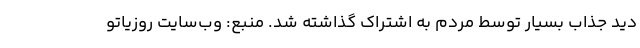
دید جذاب بسیار توسط مردم به اشتراک گذاشته شد. منبع: وب‌سایت روزیاتو